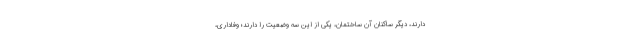
دارند، دیگر ساکنان آن ساختمان، یکی از این سه وضعیت را دارند؛ وفاداری،